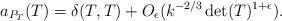
LaTeX: \begin{align*} a_{P_T}(T) = \delta(T, T) + O_{\epsilon}(k^{-2/3}\det(T)^{1+\epsilon}).\end{align*}